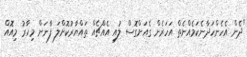
"ދެން އެހެންހަދާނެކަމެއްނެތް އަހަރެން ގެއަށްގޮސް ލުއި އެއްޗެއް ތައްޔާރުކޮށްލަ ފާނަން މިހާރު މިއޮއް